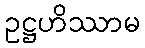
ဥဋ္ဌဟိဿာမ